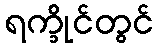
ရက္ခိုင်တွင်